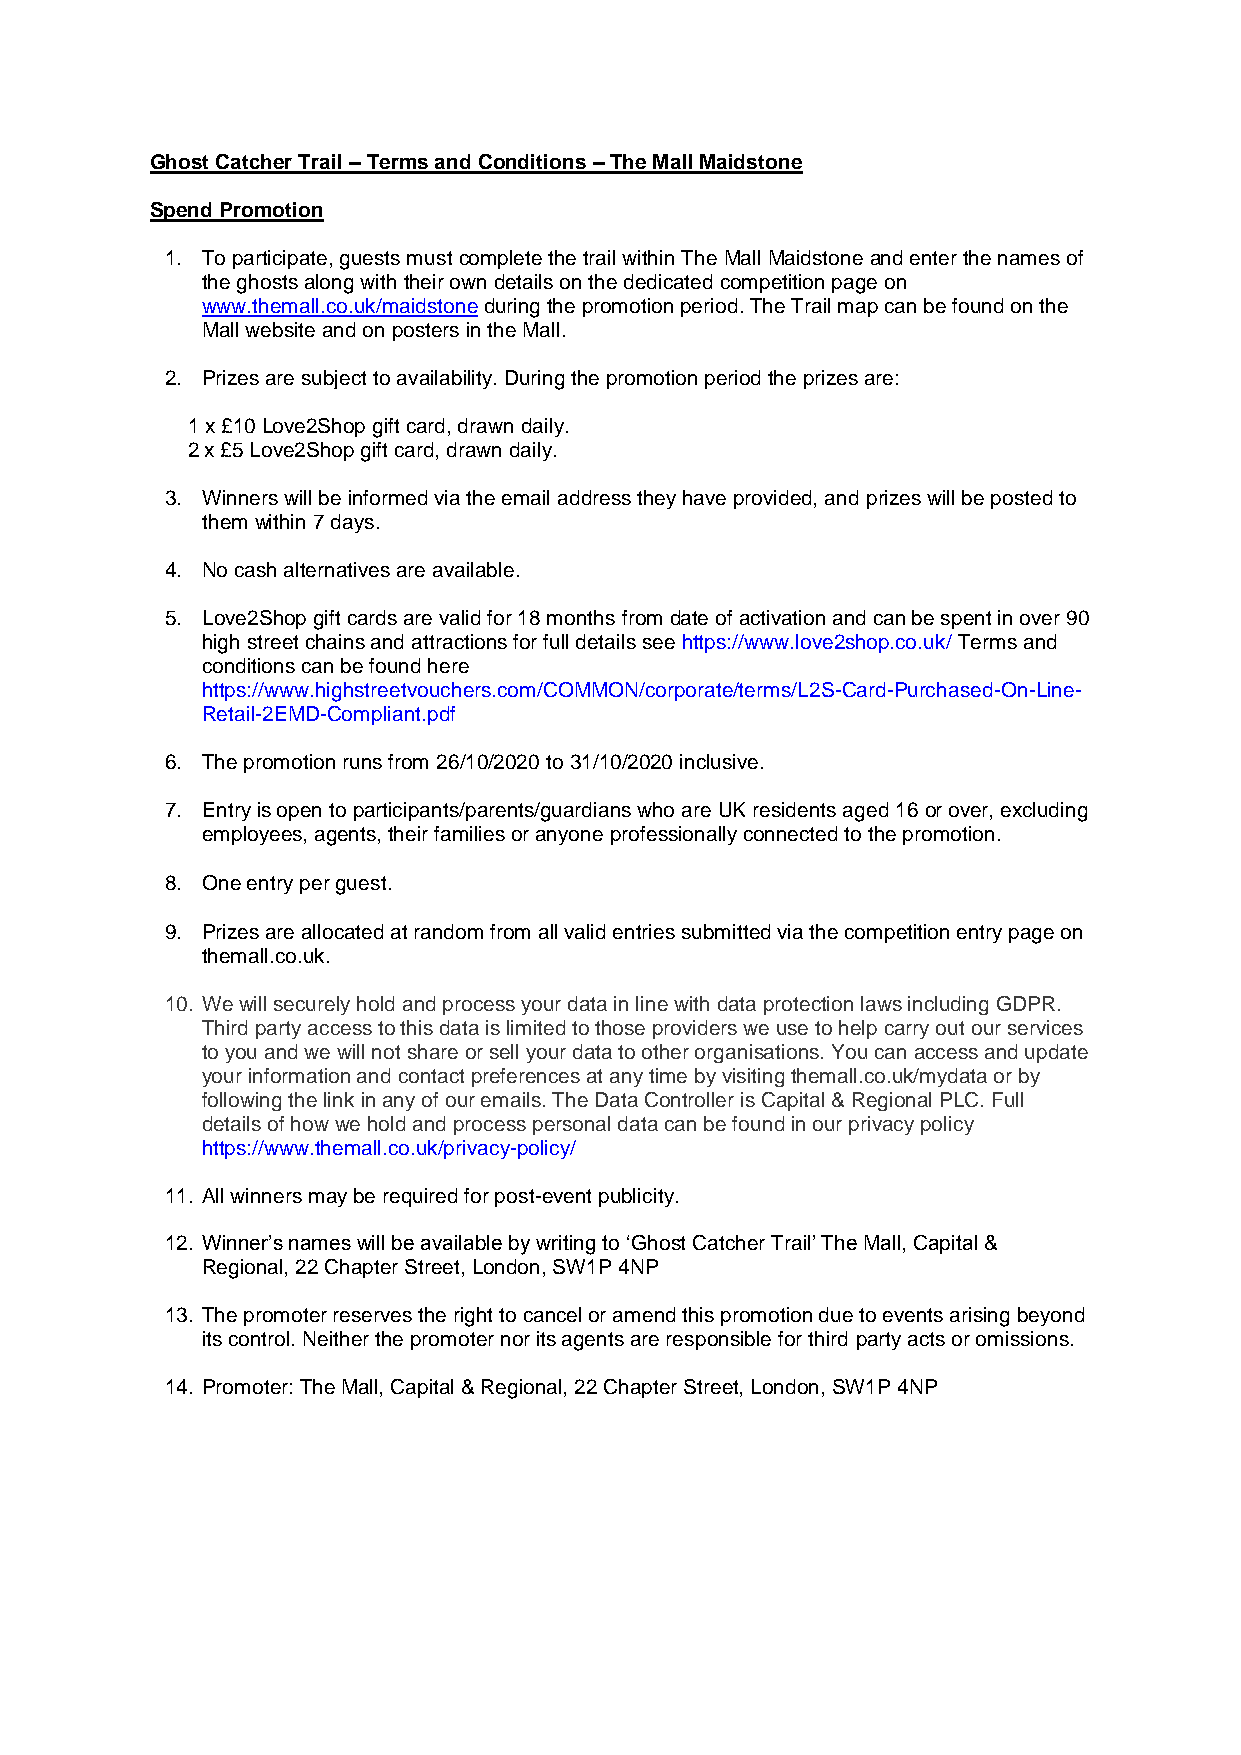
Ghost Catcher Trail – Terms and Conditions – The Mall Maidstone
 Spend Promotion
 1. To participate, guests must complete the trail within The Mall Maidstone and enter the names of
 the ghosts along with their own details on the dedicated competition page on
 www.themall.co.uk/maidstone during the promotion period. The Trail map can be found on the
 Mall website and on posters in the Mall.
 2. Prizes are subject to availability. During the promotion period the prizes are:
 1 x £10 Love2Shop gift card, drawn daily.
 2 x £5 Love2Shop gift card, drawn daily.
 3. Winners will be informed via the email address they have provided, and prizes will be posted to
 them within 7 days.
 4. No cash alternatives are available.
 5. Love2Shop gift cards are valid for 18 months from date of activation and can be spent in over 90
 high street chains and attractions for full details see https://www.love2shop.co.uk/ Terms and
 conditions can be found here
 https://www.highstreetvouchers.com/COMMON/corporate/terms/L2S-Card-Purchased-On-Line-
 Retail-2EMD-Compliant.pdf
 6. The promotion runs from 26/10/2020 to 31/10/2020 inclusive.
 7. Entry is open to participants/parents/guardians who are UK residents aged 16 or over, excluding
 employees, agents, their families or anyone professionally connected to the promotion.
 8. One entry per guest.
 9. Prizes are allocated at random from all valid entries submitted via the competition entry page on
 themall.co.uk.
 10. We will securely hold and process your data in line with data protection laws including GDPR.
 Third party access to this data is limited to those providers we use to help carry out our services
 to you and we will not share or sell your data to other organisations. You can access and update
 your information and contact preferences at any time by visiting themall.co.uk/mydata or by
 following the link in any of our emails. The Data Controller is Capital & Regional PLC. Full
 details of how we hold and process personal data can be found in our privacy policy
 https://www.themall.co.uk/privacy-policy/
 11. All winners may be required for post-event publicity.
 12. Winner’s names will be available by writing to ‘Ghost Catcher Trail’ The Mall, Capital &
 Regional, 22 Chapter Street, London, SW1P 4NP
 13. The promoter reserves the right to cancel or amend this promotion due to events arising beyond
 its control. Neither the promoter nor its agents are responsible for third party acts or omissions.
 14. Promoter: The Mall, Capital & Regional, 22 Chapter Street, London, SW1P 4NP